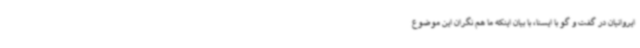
ایروانیان در گفت و گو با ایسنا، با بیان اینکه ما هم ‌نگران این موضوع